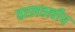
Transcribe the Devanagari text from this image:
तरलतत्वीय